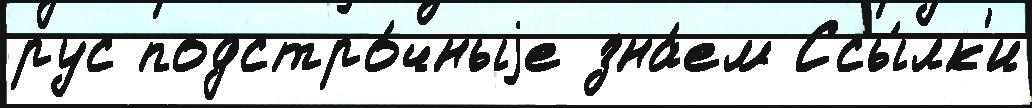
рус подстро́чныjе зна́ем Ссы́лк'и